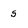
Character: 5